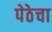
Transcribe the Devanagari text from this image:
पेठेचा